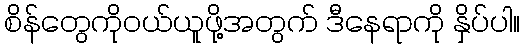
စိန်တွေကိုဝယ်ယူဖို့အတွက် ဒီနေရာကို နှိပ်ပါ။